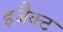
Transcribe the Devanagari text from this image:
इजैक्ट